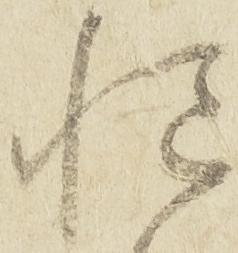
慥